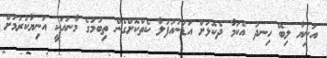
އަނިޔާ ލިބޭ ހިނދު އެކަމާ ދެކޮޅަށް އަޑުނުއުފުލާ ކެތްކޮށްގެން ތިބުމުގެ މާނައަކީ އަނިޔާކުރުމަށް